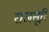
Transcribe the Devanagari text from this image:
राजसूरि